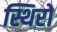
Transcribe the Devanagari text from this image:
स्थिरो